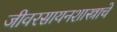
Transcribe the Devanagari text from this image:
जीवरसायनशास्त्राचे